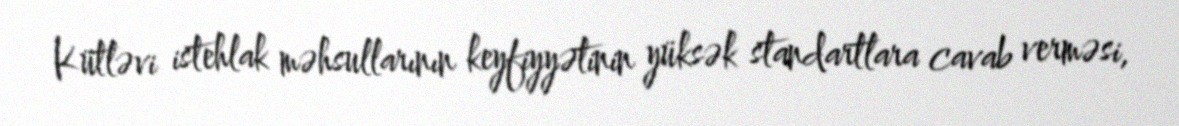
Kütləvi istehlak məhsullarının keyfiyyətinin yüksək standartlara cavab verməsi,